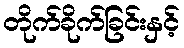
တိုက်ခိုက်ခြင်းနှင့်